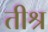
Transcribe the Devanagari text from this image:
तीश्र